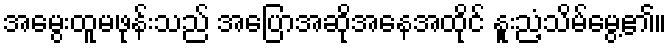
အမွေးထူမဖုန်းသည် အပြောအဆိုအနေအထိုင် နူးညံ့သိမ်မွေ့၏။